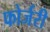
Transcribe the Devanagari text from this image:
फोर्जरी